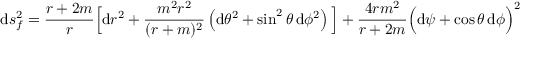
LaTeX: \mathrm { d } s _ { f } ^ { 2 } = \frac { r + 2 m } { r } \Big [ \mathrm { d } r ^ { 2 } + \frac { m ^ { 2 } r ^ { 2 } } { ( r + m ) ^ { 2 } } \left( \mathrm { d } \theta ^ { 2 } + \sin ^ { 2 } \theta \, \mathrm { d } \phi ^ { 2 } \right) \Big ] + \frac { 4 r m ^ { 2 } } { r + 2 m } \Big ( \mathrm { d } \psi + \cos \theta \, \mathrm { d } \phi \Big ) ^ { 2 }